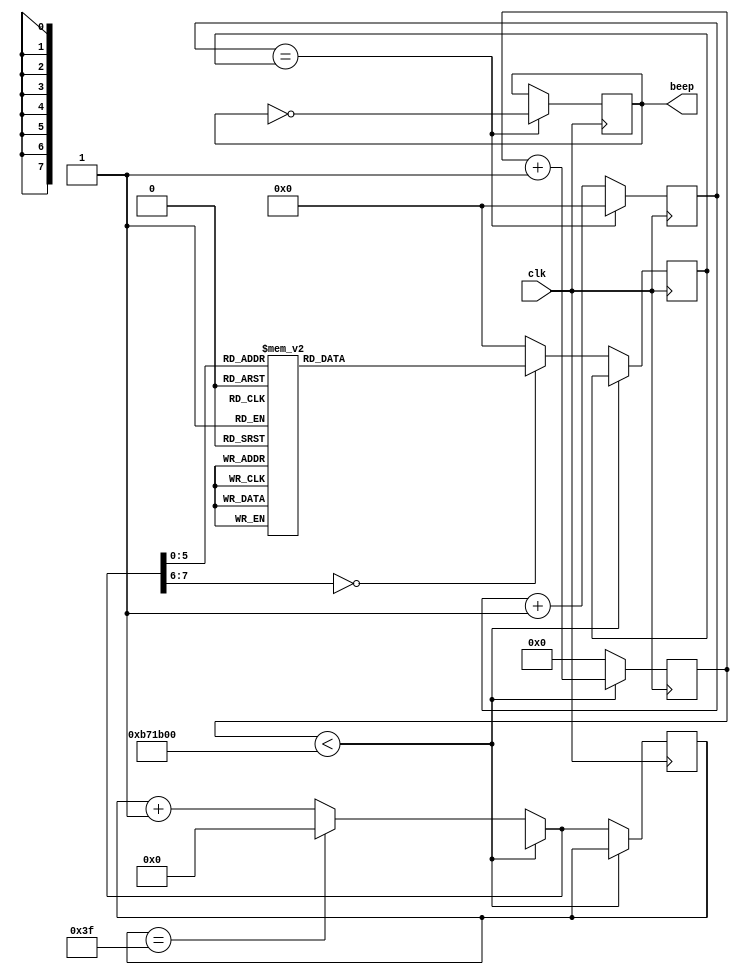
`timescale 1ns / 1ps

module music(
    input clk,				    //50MHz	
    output beep	
   
    		    //
    );			
reg	beep_r;				        //
reg [7:0] state;				//
reg [16:0] count, count_end;
reg [23:0] cnt;
//:D=F/2K  (D:,F:,K:)
parameter   L_3 = 17'd75850,    //3
            L_5 = 17'd63776,    //5
            L_6 = 17'd56818,	//6
			L_7 = 17'd50618,	//7
			M_1 = 17'd47774,	//1
			M_2 = 17'd42568,	//2
			M_3 = 17'd37919,	//3
			M_5 = 17'd31888,	//5
			M_6 = 17'd28409,	//6
			H_1 = 17'd23889;	//1		

parameter	TIME = 12000000;	//(250ms)									
assign beep = beep_r;			//

always@(posedge clk) begin
	count <= count + 1'b1;		//1
	if(count == count_end) begin	//
	    count <= 17'h0;			//
		beep_r <= ~beep_r;		//
	end
end

// 
always @(posedge clk) begin
    if(cnt < TIME)             //250mS
        cnt = cnt + 1'b1;
    else begin
        cnt = 24'd0;           //
        if(state == 8'd63)
            state = 8'd0;
        else
            state = state + 1'b1;
        case(state)
            8'd0:         count_end = L_6;  
	        8'd1:         count_end = M_1;
	        8'd2:         count_end = M_3;
	        8'D3:         count_end = M_5;
	        8'D4,8'D5:    count_end = M_3;
	        8'D6:         count_end = M_3;
	        8'D7:         count_end = M_2;
   
	        8'D8,8'D9:    count_end = M_3;
	        8'D10:        count_end = M_3;
	        8'D11:        count_end = M_2;
	        8'D12,8'D13:  count_end = M_3;
	        8'D14:        count_end = L_6;
	        8'D15:        count_end = L_7;
	
	        8'D16:        count_end = M_1;
	        8'D17:        count_end = M_3;
	        8'D18:        count_end = M_2;
	        8'D19:        count_end = M_1;
	        8'D20,8'D21:  count_end = L_6;
	        8'D22,8'D23:  count_end = L_5;
	
	        8'D24,8'D25,8'D26,8'D27,8'D28,8'D29,8'D30,8'D31:  count_end = L_3;
	
	        8'd32:        count_end = L_6;  
	        8'd33:        count_end = M_1;
	        8'd34:        count_end = M_3;
	        8'D35:        count_end = M_5;
	        8'D36,8'D37:  count_end = M_3;
	        8'D38:        count_end = M_3;
	        8'D39:        count_end = M_2;
   
	        8'D40,8'D41:  count_end = M_3;
	        8'D42:        count_end = M_3;
	        8'D43:        count_end = M_2;
	        8'D44,8'D45:  count_end = M_3;
	        8'D46:        count_end = L_6;
	        8'D47:        count_end = L_7;
	
	        8'D48:        count_end = M_1;
	        8'D49:        count_end = M_3;
	        8'D50:        count_end = M_2;
	        8'D51:        count_end = M_1;
	        8'D52,8'D53:  count_end = L_6;
	        8'D54,8'D55:  count_end = L_5;
	
	        8'D56,8'D57,8'D58,8'D59,8'D60,8'D61:  count_end = L_6;
	        8'D62:        count_end = L_6;
	        8'D63:        count_end = L_7;
        
            default:      count_end = 16'h0;//
        endcase
    end
end
endmodule